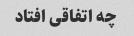
چه اتفاقی افتاد